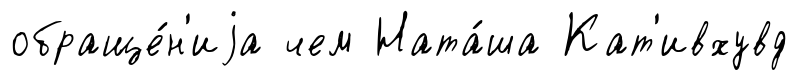
обраще́н'иjа чем Ната́ша Кат'ивхувд